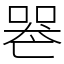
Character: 𠸶